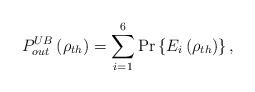
LaTeX: \begin{align*}P_{out}^{UB}\left(\rho_{th}\right)=\sum_{i=1}^{6}\Pr\left\{ E_{i}\left(\rho_{th}\right)\right\} ,\end{align*}